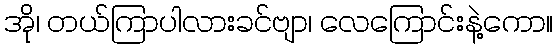
အို၊ တယ်ကြာပါလားခင်ဗျာ၊ လေကြောင်းနဲ့ကော။